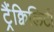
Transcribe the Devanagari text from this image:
ट्रैंक्विलिटी